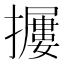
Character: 𱡃